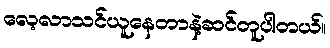
လေ့လာသင်ယူနေတာနဲ့ဆင်တူပါတယ်။